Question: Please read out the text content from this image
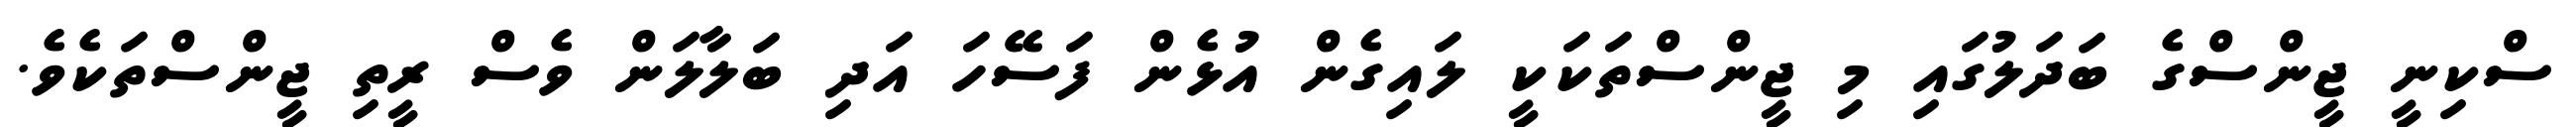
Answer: ސްކިނީ ޖީންސްގެ ބަދަލުގައި މި ޖީންސްތަކަކީ ލައިގެން އުޅެން ފަސޭހަ އަދި ބަލާލަން ވެސް ރީތި ޖީންސްތަކެވެ.